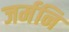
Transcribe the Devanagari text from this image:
जर्मनि